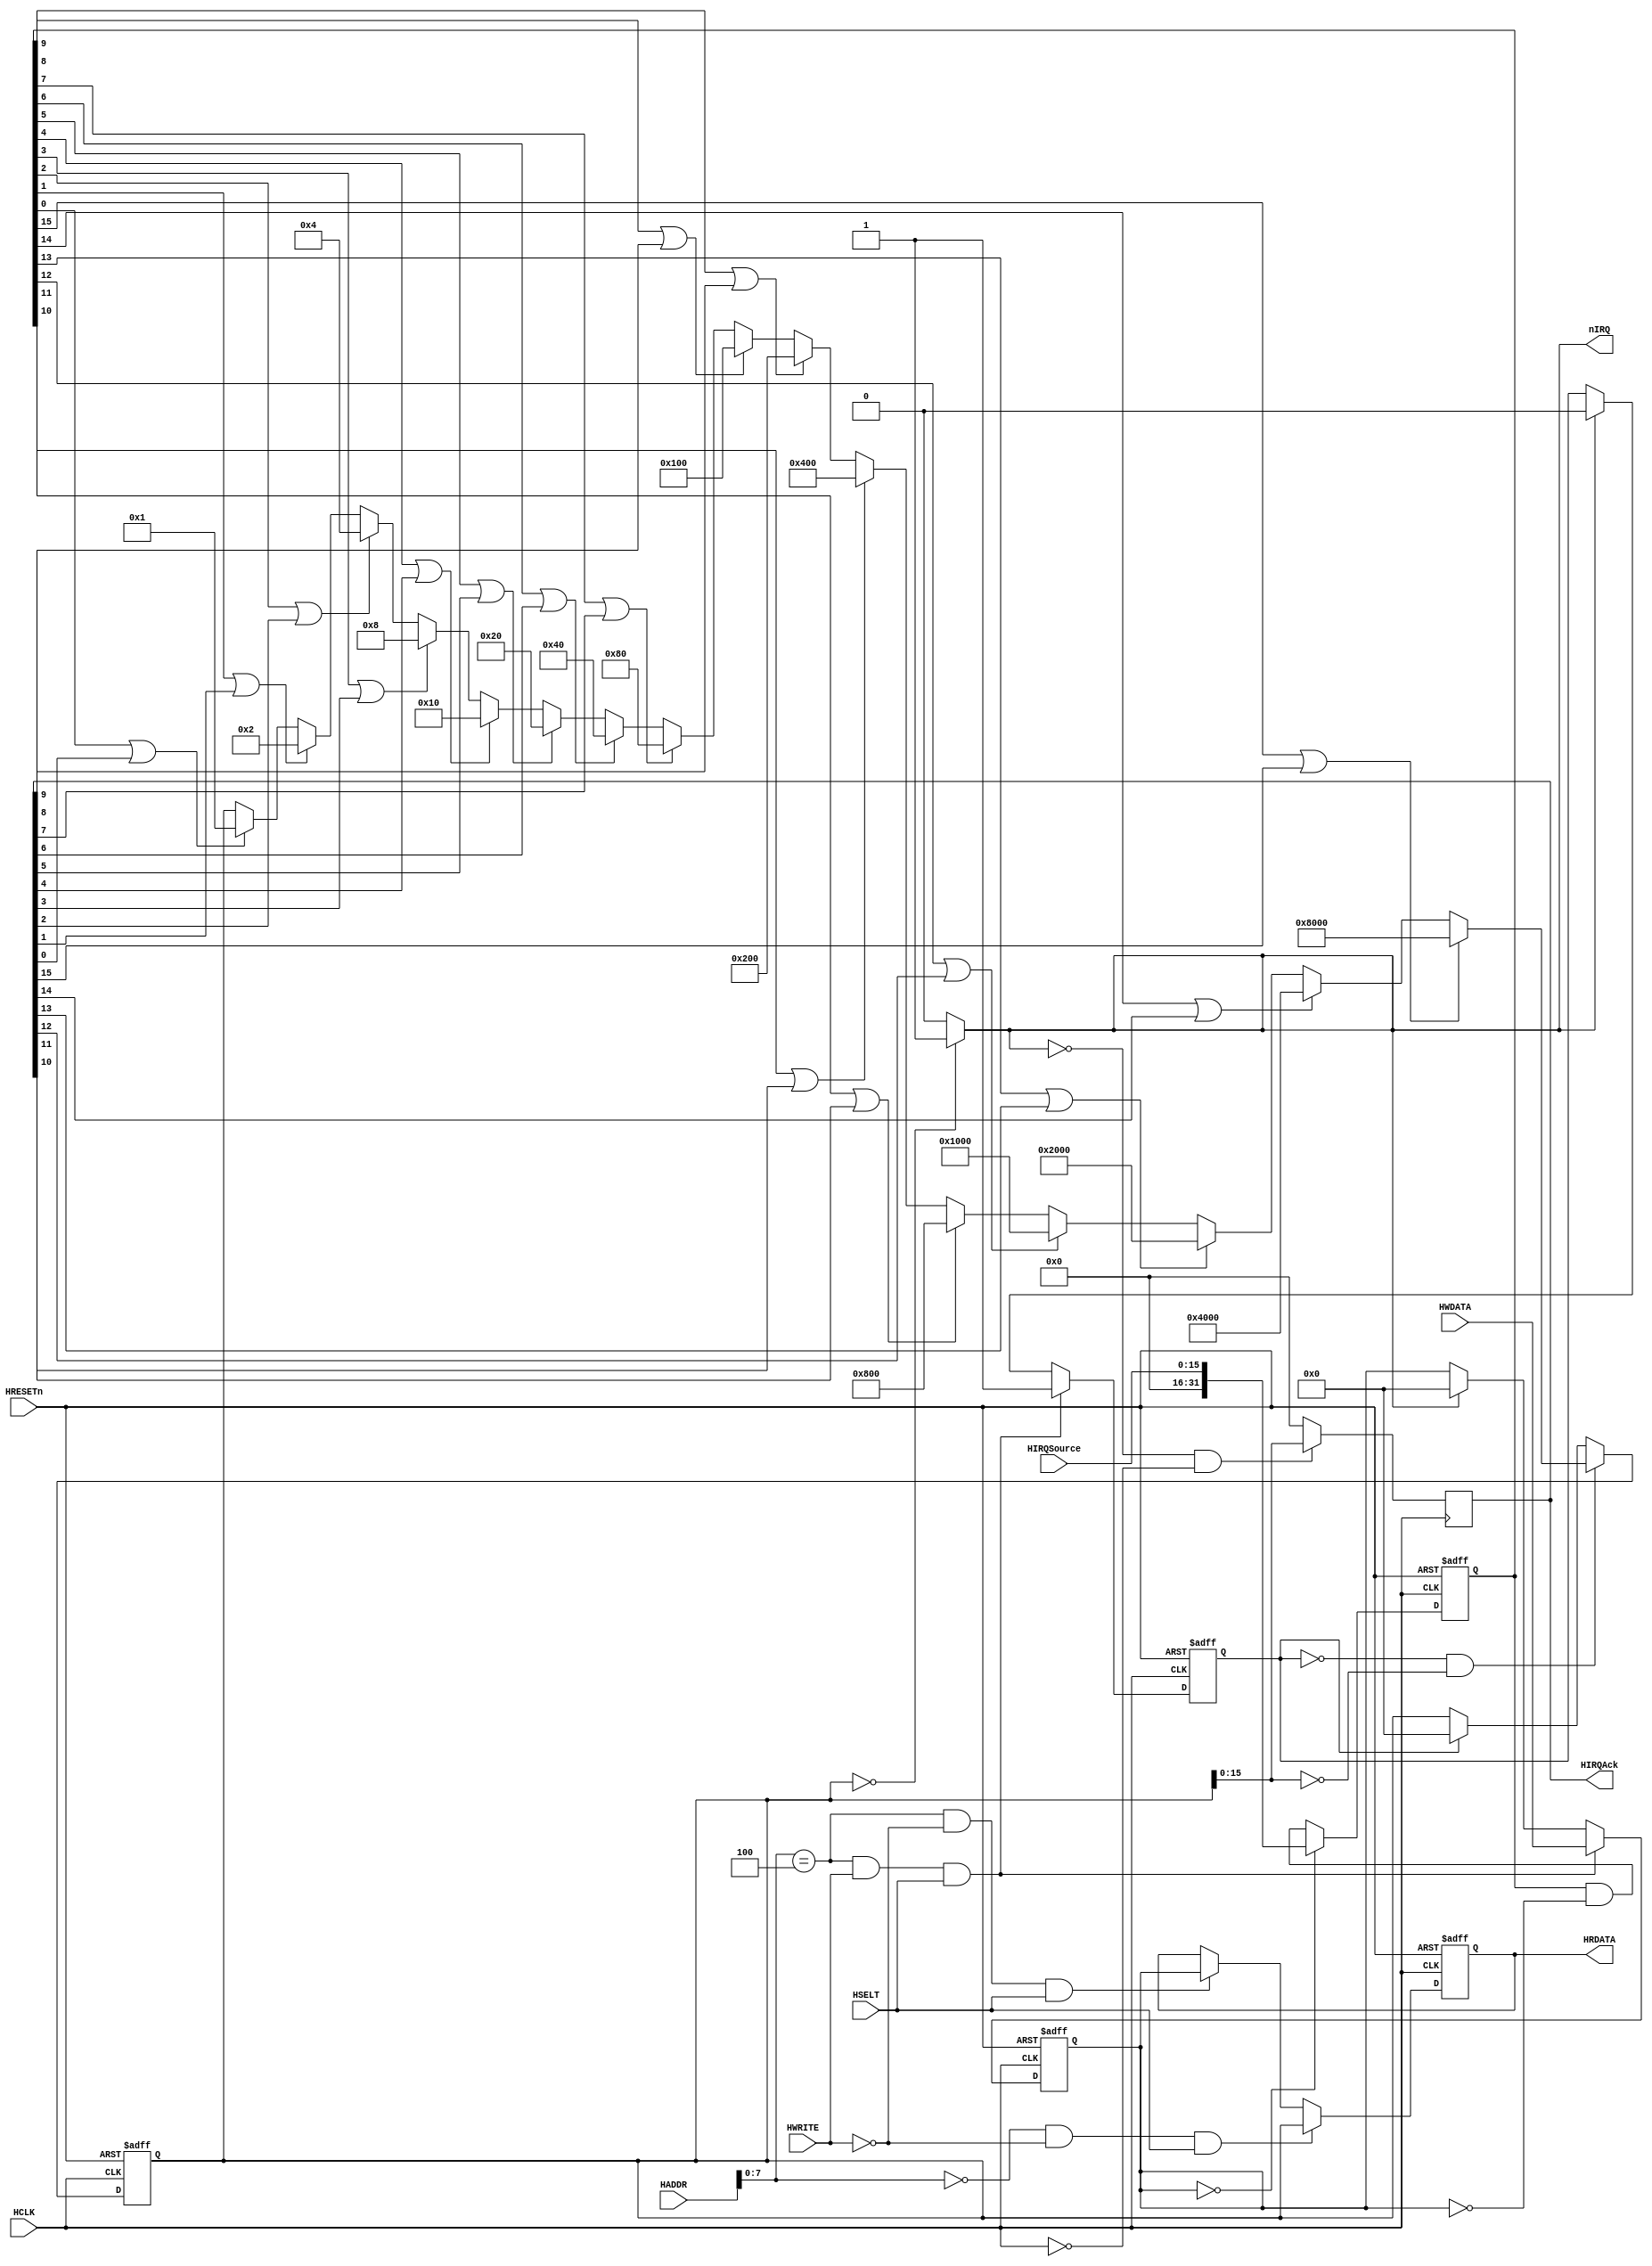

 
module IRCntl (HCLK, HRESETn,  HSELT, HADDR, HWRITE,HIRQSource,HIRQAck,HWDATA,HRDATA,nIRQ);
 
  input        	HCLK;
  input        	HRESETn;
  input        	HSELT;
  input        	HWRITE;
  input  [31:0] HADDR; 
  
  input  [15:0]	HIRQSource;


  output [15:0]	HIRQAck;

  
  input  [31:0]	HWDATA; 
  output [31:0]	HRDATA;
  output       	nIRQ;        // IRQ interrupt output to CPU 
  
  
  wire 	nCLK;
  reg	[31:0]	HIRQSourcesel;
  reg 	[31:0]	pending;
  reg	[31:0]	clean;
  reg 	Cflag ;
  reg	[15:0] 	AckTemp;
  reg	[31:0] RDATA;
	
	assign nCLK = ~HCLK; 
  
  /*
	assign HRDATA = ((HADDR[7:0]==8'h00)&& (~HWRITE) && (HSELT))? pending :
					((HADDR[7:0]==8'h04)&& (~HWRITE)&& (HSELT))? clean : HRDATA ;
	
  */
	assign HRDATA  =  RDATA;
	//assign HIRQAck = AckTemp ;
			
	assign nIRQ = (pending==32'h0000_0000)? 1'b1 :1'b0 ; 

	
 always @ (negedge (HRESETn) or posedge (HCLK))	
	begin
		if ((!HRESETn))
		RDATA <= 32'h0000_0000;
    
		else if((HADDR[7:0]==8'h00)&& (~HWRITE) && (HSELT)) 
			RDATA <= pending ;	
		
		else if((HADDR[7:0]==8'h04)&& (~HWRITE)&& (HSELT))
			RDATA <= clean ;	
		
		else 
			RDATA <= RDATA;
	end
	
	
 always @( negedge (HRESETn) or posedge (HCLK) )//or HIRQSource or clean)
  begin
    if ((!HRESETn))
		HIRQSourcesel <= 32'h0000_0000;
    
	else 
		begin
		HIRQSourcesel <= {16'h0000,HIRQSource};
		if(!(clean==32'h0000_0000))							
			HIRQSourcesel <= HIRQSourcesel&(~clean) ; 
		end
  end		

 
//------------------------------------------------------------------------------
// Fixed Priority & Masking 
//------------------------------------------------------------------------------
  
  always @( negedge (HRESETn) or posedge (HCLK) )// or HIRQSourcesel or clean)
	begin
	  if ((!HRESETn))
		pending <= 32'h0000_0000;
		
	  else  if(!Cflag && (pending[15:0]==16'h0000))//?
 	  begin
		if(HIRQSourcesel[15]||HIRQAck[15])
			pending <= 32'h0000_8000;
			
		else if(HIRQSourcesel[14]||HIRQAck[14])	
			pending <= 32'h0000_4000;
			
		else if(HIRQSourcesel[13]||HIRQAck[13])	
			pending <= 32'h0000_2000;
			
		else if(HIRQSourcesel[12]||HIRQAck[12])	
			pending <= 32'h0000_1000;
			
		else if(HIRQSourcesel[11]||HIRQAck[11])	
			pending <= 32'h0000_0800;
			
		else if(HIRQSourcesel[10]||HIRQAck[10])	
			pending <= 32'h0000_0400;
			
		else if(HIRQSourcesel[9]||HIRQAck[9])	
			pending <= 32'h0000_0200;
			
		else if(HIRQSourcesel[8]||HIRQAck[8])	
			pending <= 32'h0000_0100;
			
		else if(HIRQSourcesel[7]||HIRQAck[7])	
			pending <= 32'h0000_0080;
			
		else if(HIRQSourcesel[6]||HIRQAck[6])	
			pending <= 32'h0000_0040;
			
		else if(HIRQSourcesel[5]||HIRQAck[5])	
			pending <= 32'h0000_0020;
			
		else if(HIRQSourcesel[4]||HIRQAck[4])	
			pending <= 32'h0000_0010;
			
		else if(HIRQSourcesel[3]||HIRQAck[3])	
			pending <= 32'h0000_0008;
			
		else if(HIRQSourcesel[2]||HIRQAck[2])	
			pending <= 32'h0000_0004;
			
		else if(HIRQSourcesel[1]||HIRQAck[1])	
			pending <= 32'h0000_0002;
			
		else if(HIRQSourcesel[0]||HIRQAck[0])	
			pending <= 32'h0000_0001;
			
		else 
			pending <= pending ;
	   end
	   
	   else if(Cflag)
			pending <= 32'h0000_0000;  //clean
	  
	end
	
always @(negedge (HRESETn) or posedge (HCLK) )//or HWDATA or HSELT)
   begin
		if ((!HRESETn))
			begin 
			clean <= 32'h0000_0000 ;
			Cflag <= 0 ;
			end
	 	else if( (HADDR[7:0]==8'h04)&& (HWRITE)&& (HSELT) ) 
			begin
			clean <= HWDATA ;
			Cflag <= 1 ;
			end
		
		else if(nIRQ==1'b1)
			begin 
			Cflag <= 0;
			clean <= 32'h0000_0000 ;
			end
		else Cflag <= Cflag ;
	
   end

	
	always@(posedge (nCLK) )	
	  begin
		if((!nIRQ) && nCLK)
		AckTemp = pending[15:0] ;
		else 
		AckTemp = 16'h0000;
	  end	
	  
	assign HIRQAck = AckTemp ;  
 
endmodule